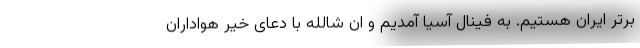
برتر ایران هستیم. به فینال آسیا آمدیم و ان شالله با دعای خیر هواداران